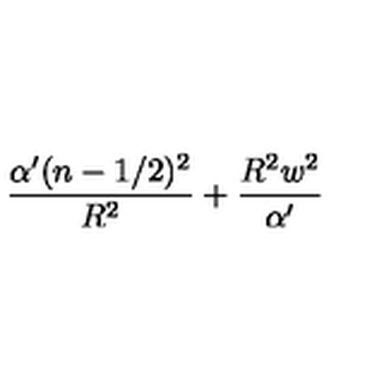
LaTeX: \frac { \alpha ^ { \prime } ( n - 1 / 2 ) ^ { 2 } } { R ^ { 2 } } + \frac { R ^ { 2 } w ^ { 2 } } { \alpha ^ { \prime } }